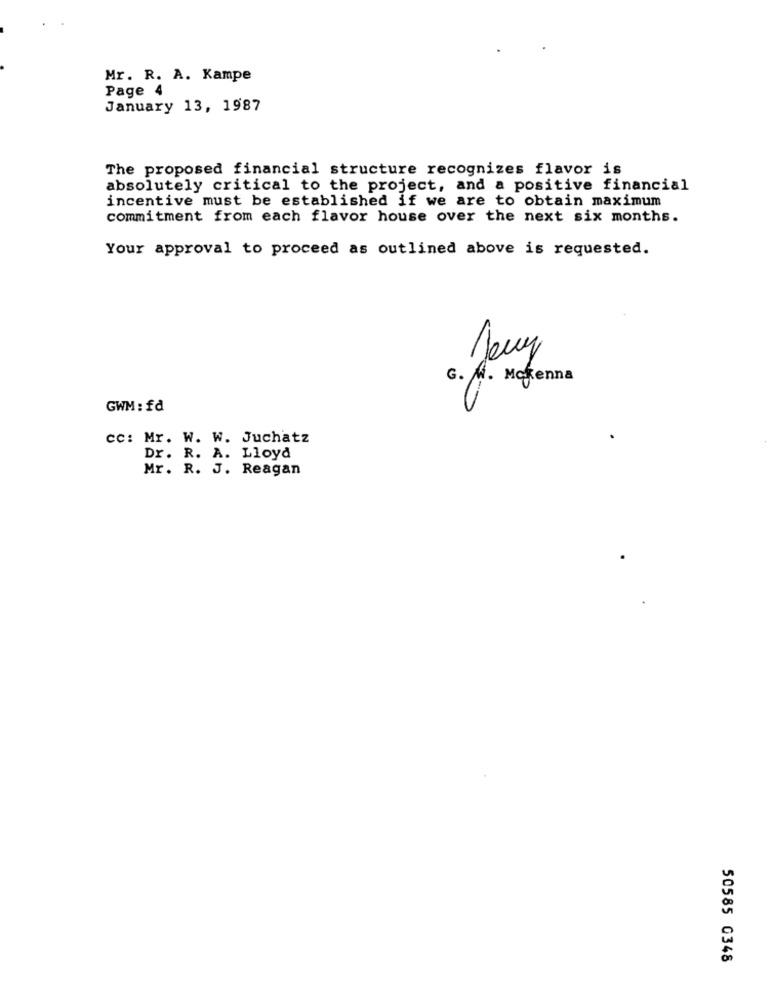
Mr. R. A. Kampe
Page 4
January 13, 1987
The proposed financial structure recognizes flavor is
absolutely critical to the project, and a positive financial
incentive must be established if we are to obtain maximum
commitment from each flavor house over the next six months.
Your approval to proceed as outlined above is requested.
Jouy
G. MW. Mckenna
GWM : fd
cc: Mr. W. W. Juchatz
Dr. R. A. Lloyd
Mr. R. J. Reagan
50585 0348